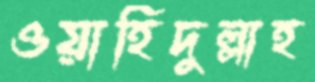
ওয়াহিদুল্লাহ